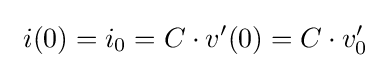
\ i(0)=i_{0}=C\cdot v'(0)=C\cdot v'_{0}\;